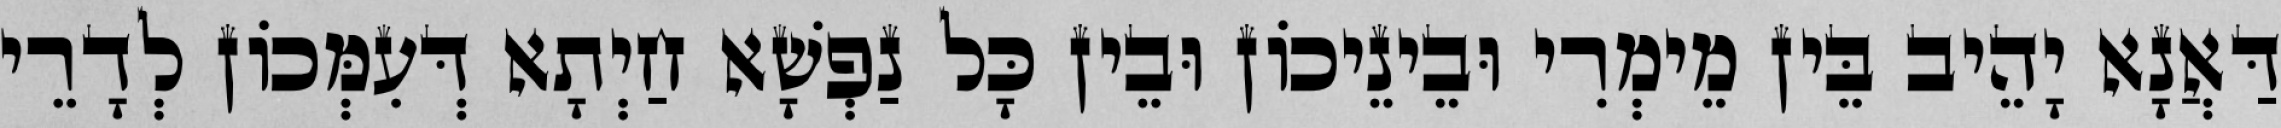
דַּאֲנָא יָהֵיב בֵּין מֵימְרִי וּבֵינֵיכוֹן וּבֵין כָּל נַפְשָׁא חַיְתָא דְּעִמְּכוֹן לְדָרֵי